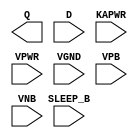
module sky130_fd_sc_lp__isolatch (
    Q      ,
    D      ,
    SLEEP_B,
    KAPWR  ,
    VPWR   ,
    VGND   ,
    VPB    ,
    VNB
);

    output Q      ;
    input  D      ;
    input  SLEEP_B;
    input  KAPWR  ;
    input  VPWR   ;
    input  VGND   ;
    input  VPB    ;
    input  VNB    ;
endmodule